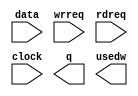
module fifo1 (
		input  wire [73:0] data,  //  fifo_input.datain
		input  wire        wrreq, //            .wrreq
		input  wire        rdreq, //            .rdreq
		input  wire        clock, //            .clk
		output wire [73:0] q,     // fifo_output.dataout
		output wire [6:0]  usedw  //            .usedw
	);
endmodule